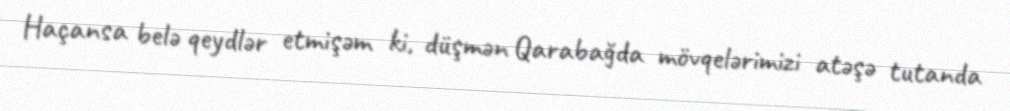
Haçansa belə qeydlər etmişəm ki, düşmən Qarabağda mövqelərimizi atəşə tutanda